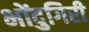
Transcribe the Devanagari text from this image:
भोंदुगिरी